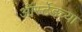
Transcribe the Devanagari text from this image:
ऑर्स्टेडच्या